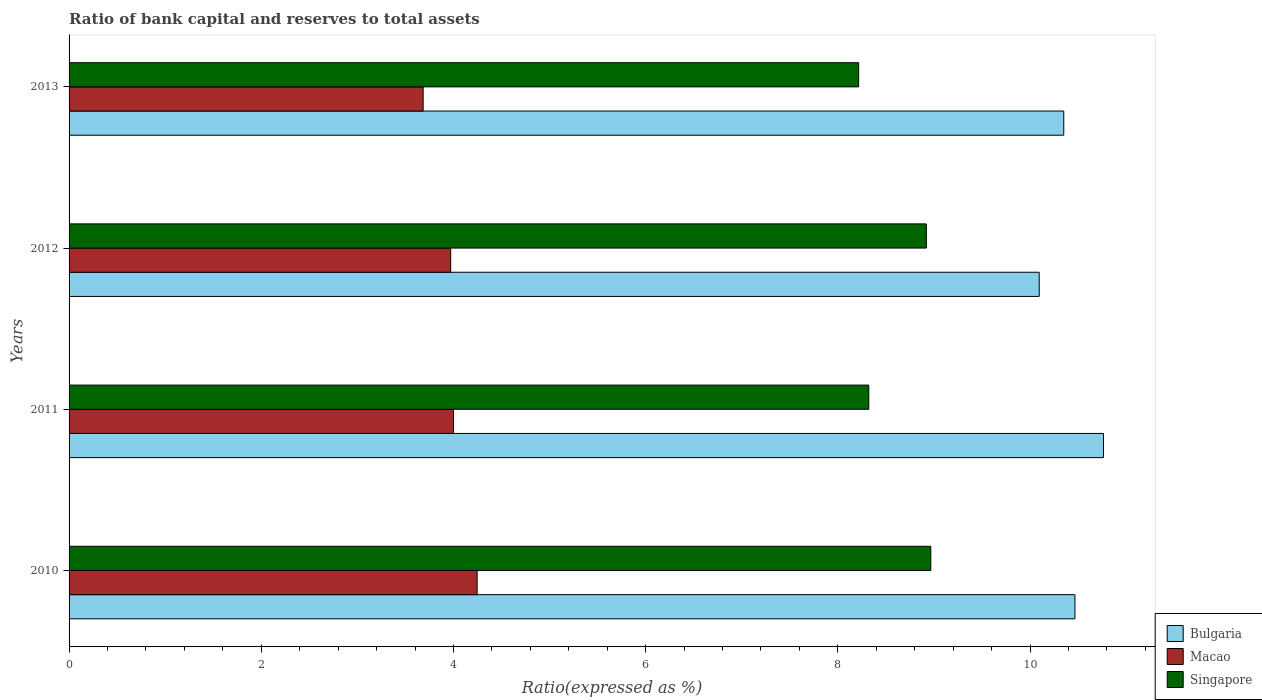
| Years | Bulgaria | Macao | Singapore |
 | --- | --- | --- | --- |
 | 2010 | 10.5 | 4.25 | 8.97 |
 | 2011 | 10.8 | 4 | 8.32 |
 | 2012 | 10.1 | 3.97 | 8.92 |
 | 2013 | 10.4 | 3.68 | 8.22 |